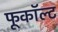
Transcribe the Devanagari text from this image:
फूकॉल्ट